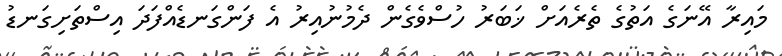
މައިރާ އޭނަގެ އަތުގެ ތެރެއަށް ޚަބަރު ހުސްވެގެން ދެމުނުއިރު އެ ފަންގަނޑެއްފަދަ އިސްތަށިގަނޑު